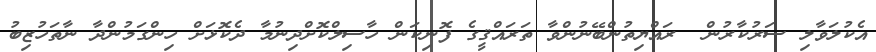
އެކުލަވާލި ސަރުކާރުން  ރައްޔިތުންބޭނުންވާ ތަރައްޤީގެ ފޮނިކަން ހާސިލްކޮށްދިނުމާ ދެކޮޅަށް ހިންގަމުންދާ ނާތަހުޒިބު